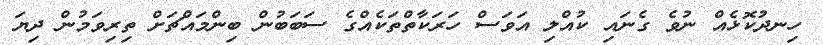
ހިނދުކޮޅެއް ނުވެ ގެނައި ކުއްލި އަވަސް ހަރަކާތްތަކެއްގެ ސަބަބުން ބިންމައްޗަށް ތިރިވަމުން ދިޔަ